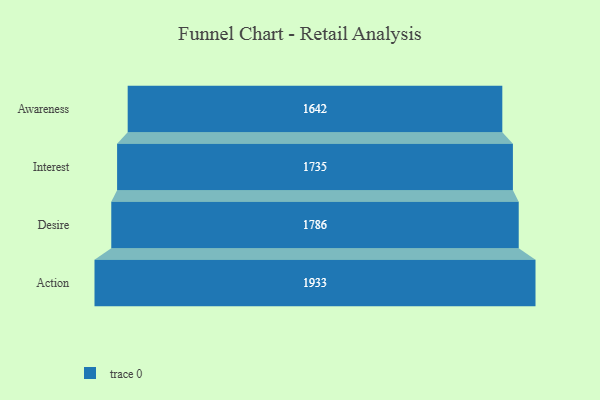
{"axis": {"x": "Stage", "y": "Value"}, "legend": [""], "data": [{"x": "Awareness", "y": 1642.0, "type": ""}, {"x": "Interest", "y": 1735.0, "type": ""}, {"x": "Desire", "y": 1786.0, "type": ""}, {"x": "Action", "y": 1933.0, "type": ""}]}